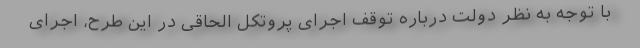
با توجه به نظر دولت درباره توقف اجرای پروتکل الحاقی در این طرح، اجرای